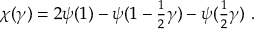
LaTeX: \chi ( \gamma ) = 2 \psi ( 1 ) - \psi ( 1 - { \textstyle { \frac { 1 } { 2 } } } \gamma ) - \psi ( { \textstyle { \frac { 1 } { 2 } } } \gamma ) \, \, .